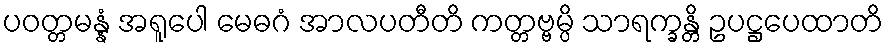
ပဝတ္တမန္နံ အရူပေါ မေဓဂံ အာလပတီတိ ကတ္တဗ္ဗမ္ပိ သာရက္ခန္တိ ဥပဋ္ဌပေထာတိ